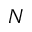
N